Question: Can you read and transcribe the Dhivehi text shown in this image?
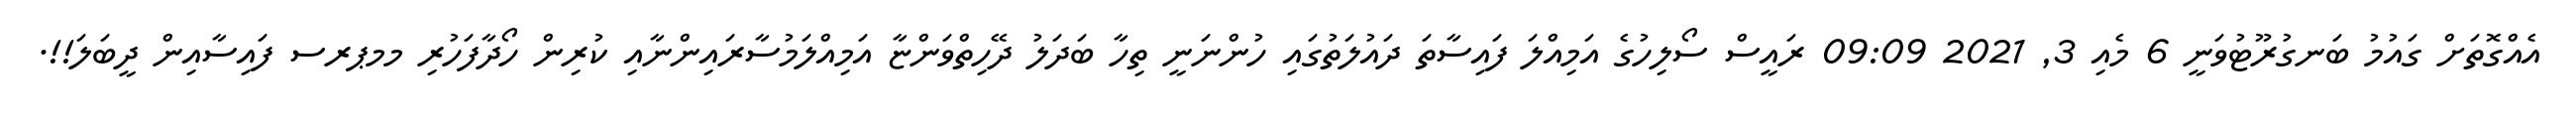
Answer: އެއްގޮތަށް ގައުމު ބަނގުރޫޓުވަނީ 6 މެއި 3, 2021 09:09 ރައީސް ސޯލިހުގެ އަމިއްލަ ފައިސާތަ ދައުލަތުގައި ހުންނަނީ ތިހާ ބަދަލު ދޭހިތްވަންޏާ އަމިއްލަމުސާރައިންނާއި ކުރިން ހޯދާފަހުރި މމޕރސ ފައިސާއިން ދީބަލަ!!.